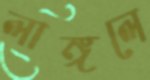
লাঙ্গলে